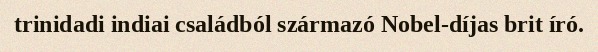
trinidadi indiai családból származó Nobel-díjas brit író.